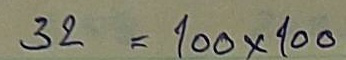
32 = 100 x 100